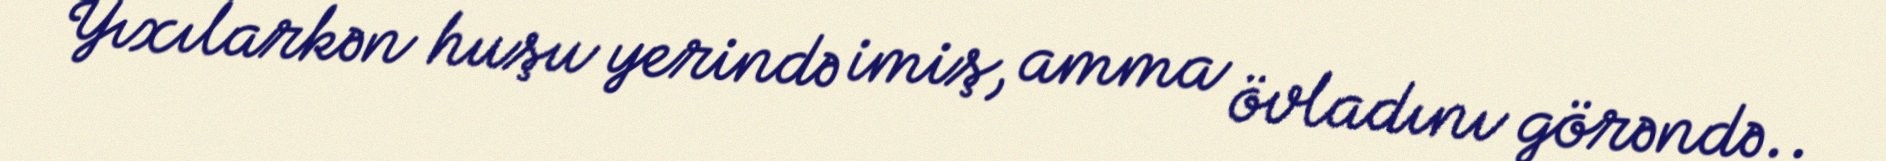
Yıxılarkən huşu yerində imiş, amma övladını görəndə..